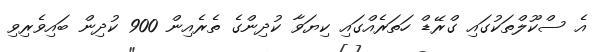
އެ ސްކޫލްތަކުގައި ގްރޭޑް ހަތަރެއްގައި ކިޔަވާ ކުދިންގެ ތެރެއިން 900 ކުދިން ބައިވެރިވި